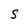
Character: S